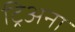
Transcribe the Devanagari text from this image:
ट्रिअना